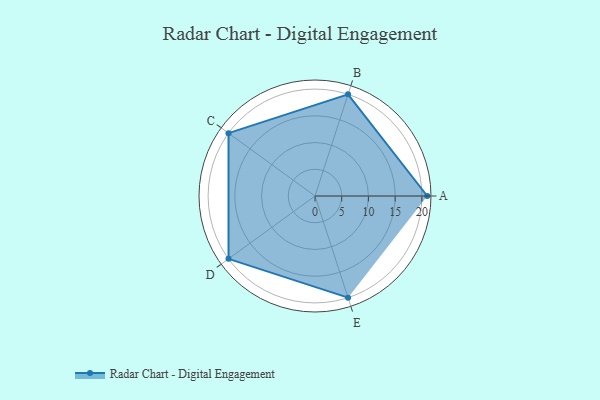
{"axis": {"x": "Skill", "y": "Score"}, "legend": ["Profile"], "data": [{"x": "A", "y": 21.0, "type": "Profile"}, {"x": "B", "y": 20, "type": "Profile"}, {"x": "C", "y": 20, "type": "Profile"}, {"x": "D", "y": 20, "type": "Profile"}, {"x": "E", "y": 20, "type": "Profile"}]}